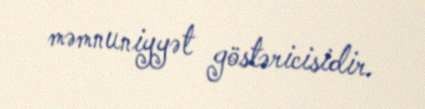
məmnuniyyət göstəricisidir.